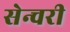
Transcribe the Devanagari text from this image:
सेन्चरी